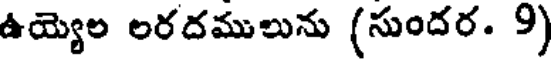
ఉయ్యెల లరదములును (సుందర. 9)